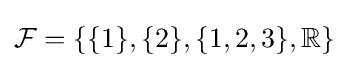
{\mathcal {F}}=\{\{1\},\{2\},\{1,2,3\},\mathbb {R} \}